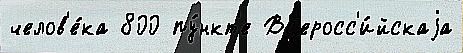
челов'е́ка 800 пу́нкт'е Вс'еросс'и́йскаjа